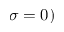
\sigma = 0 )